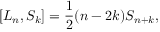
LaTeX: \left[ L _ { n } , S _ { k } \right] = \frac { 1 } { 2 } ( n - 2 k ) S _ { n + k } ,